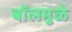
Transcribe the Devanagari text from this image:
बॉलमुळे